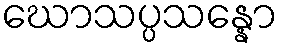
ဃောသပ္ပသန္နော